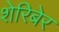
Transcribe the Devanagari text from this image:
शेरिबेर